65_HS1-834228961_62-HQ-83894_Serial_153
Agency: FBI
Page 6
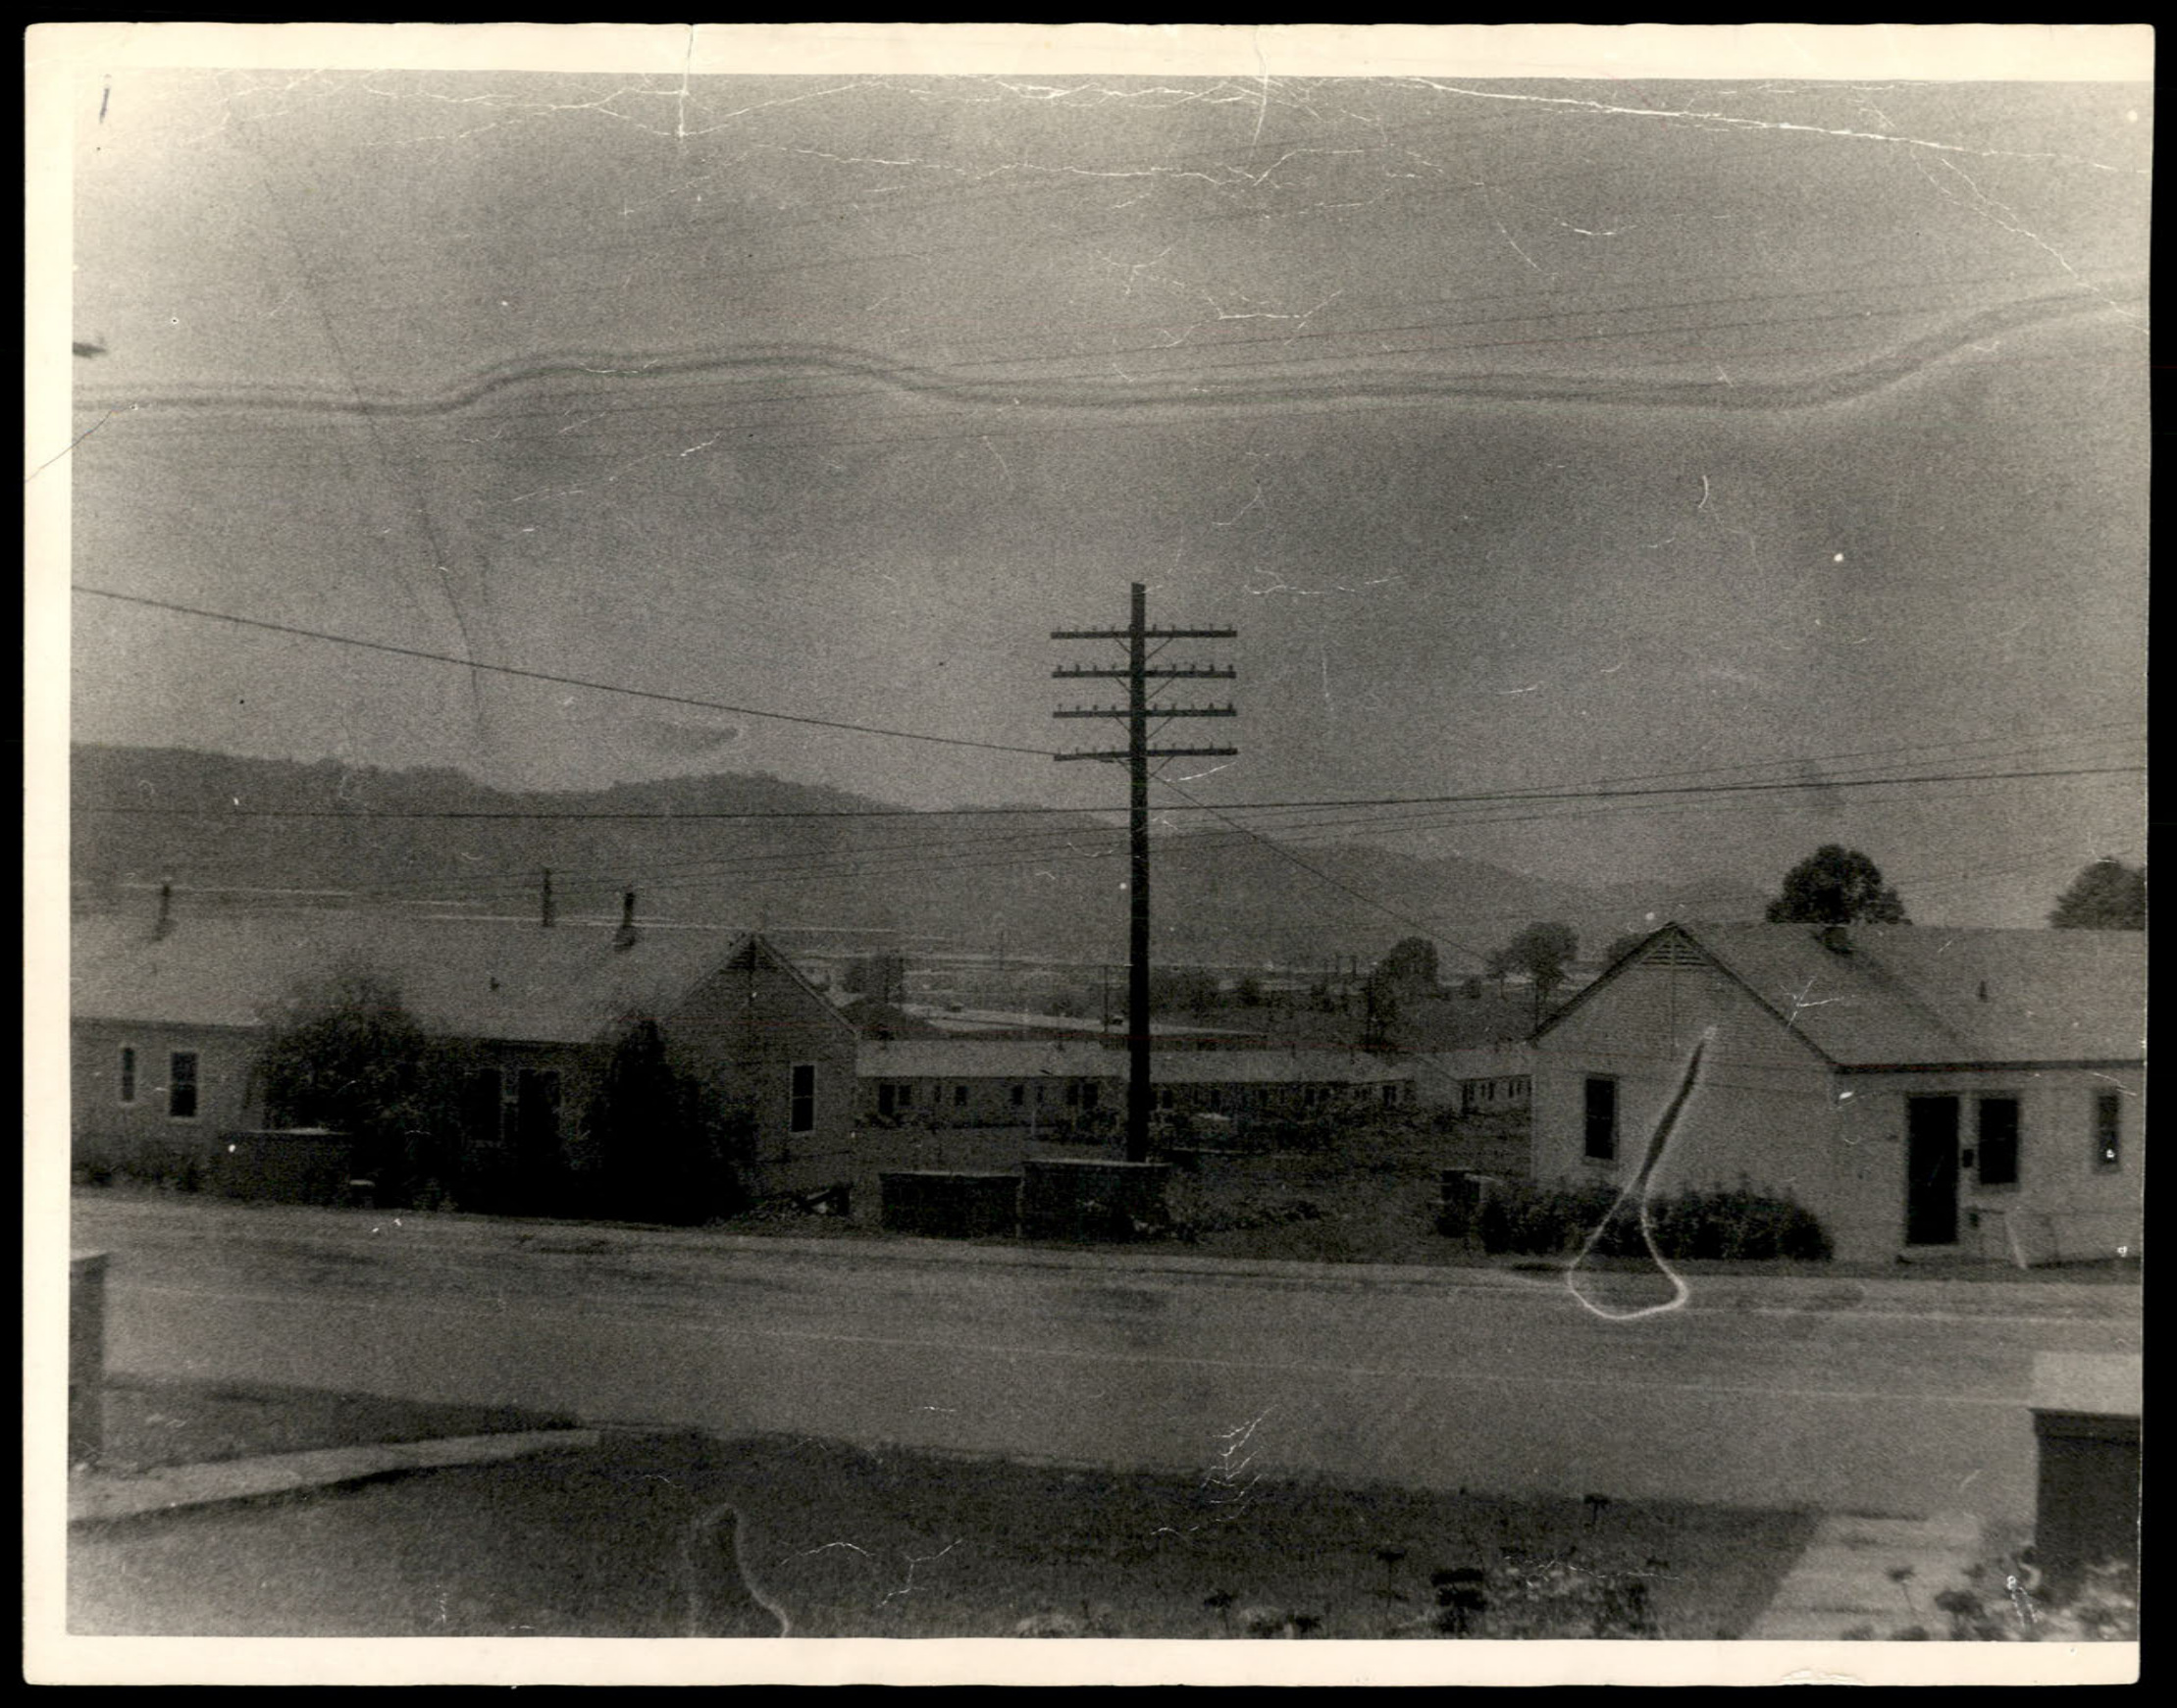